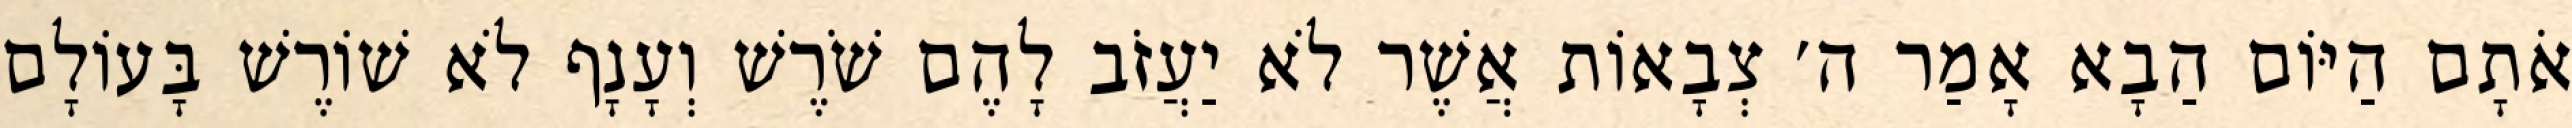
אֹתָם הַיּוֹם הַבָא אָמַר ה׳ צְבָאוֹת אֲשֶׁר לֹא יַעֲזֹב לָהֶם שֹׁרֶשׁ וְעָנָף לֹא שׁוֹרֶשׁ בָּעוֹלָם